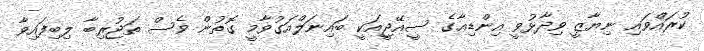
ކުރައްވައި ނިޔާޒީ ވިދާޅުވީ އިންޑިއާގެ ސީއޭޖީއަކީ ބައިނަލްއަގުވާމީ ގޮތުން ވެސް ތަޖުރިބާ ލިބިފައިވާ